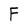
Character: F